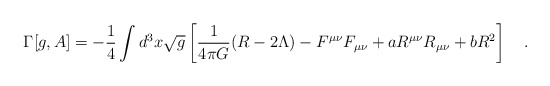
\begin{align*}\Gamma[g,A]=-\frac 14 \int d^3x\sqrt{g}\left[{1 \over 4\pi G}(R-2\Lambda) -F^{\mu\nu}F_{\mu\nu}+aR^{\mu\nu}R_{\mu\nu}+b R^2\right]~~~.\end{align*}